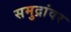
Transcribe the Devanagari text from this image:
समुद्रांवर